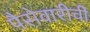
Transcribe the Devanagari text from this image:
पैसेवारीची